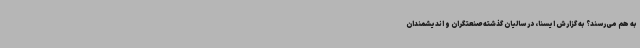
به هم می‌رسند؟ به گزارش ایسنا، در سالیان گذشته صنعتگران و اندیشمندان